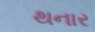
થનાર